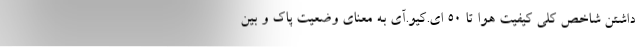
داشتن شاخص کلی کیفیت هوا تا ۵۰ ای.کیو.آی به معنای وضعیت پاک و بین